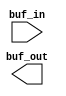
// SPDX-License-Identifier: Apache-2.0
// Copyright (C) 2019 Intel Corporation. 
//****************************************************************************************
//  20(C)11 Altera Corporation. .
//
//****************************************************************************************

//------------------------------------------------------------------------
// Description: standard clock buf
// 
// A simple clock buffer. 
// Use this as a convenient point for clock definition for internally generated clocks
// All "create_clock" commands can then refer to this buffer
//
//------------------------------------------------------------------------

module altr_hps_buf (
    input  wire         buf_in,     // clock input
    output wire         buf_out     // clock output
);

`ifdef ALTR_HPS_INTEL_MACROS_OFF
   assign buf_out = buf_in;
`else
`endif

endmodule // altr_hps_ckbuf